Bréfritari: Guðný Jónsdóttir
Viðtakandi: Jón Borgfirðingur
Dagsetning: A-1899-02-14
Skrifað á: Sauðafelli  Dal.
Dóttir Jóns Borgfirðings

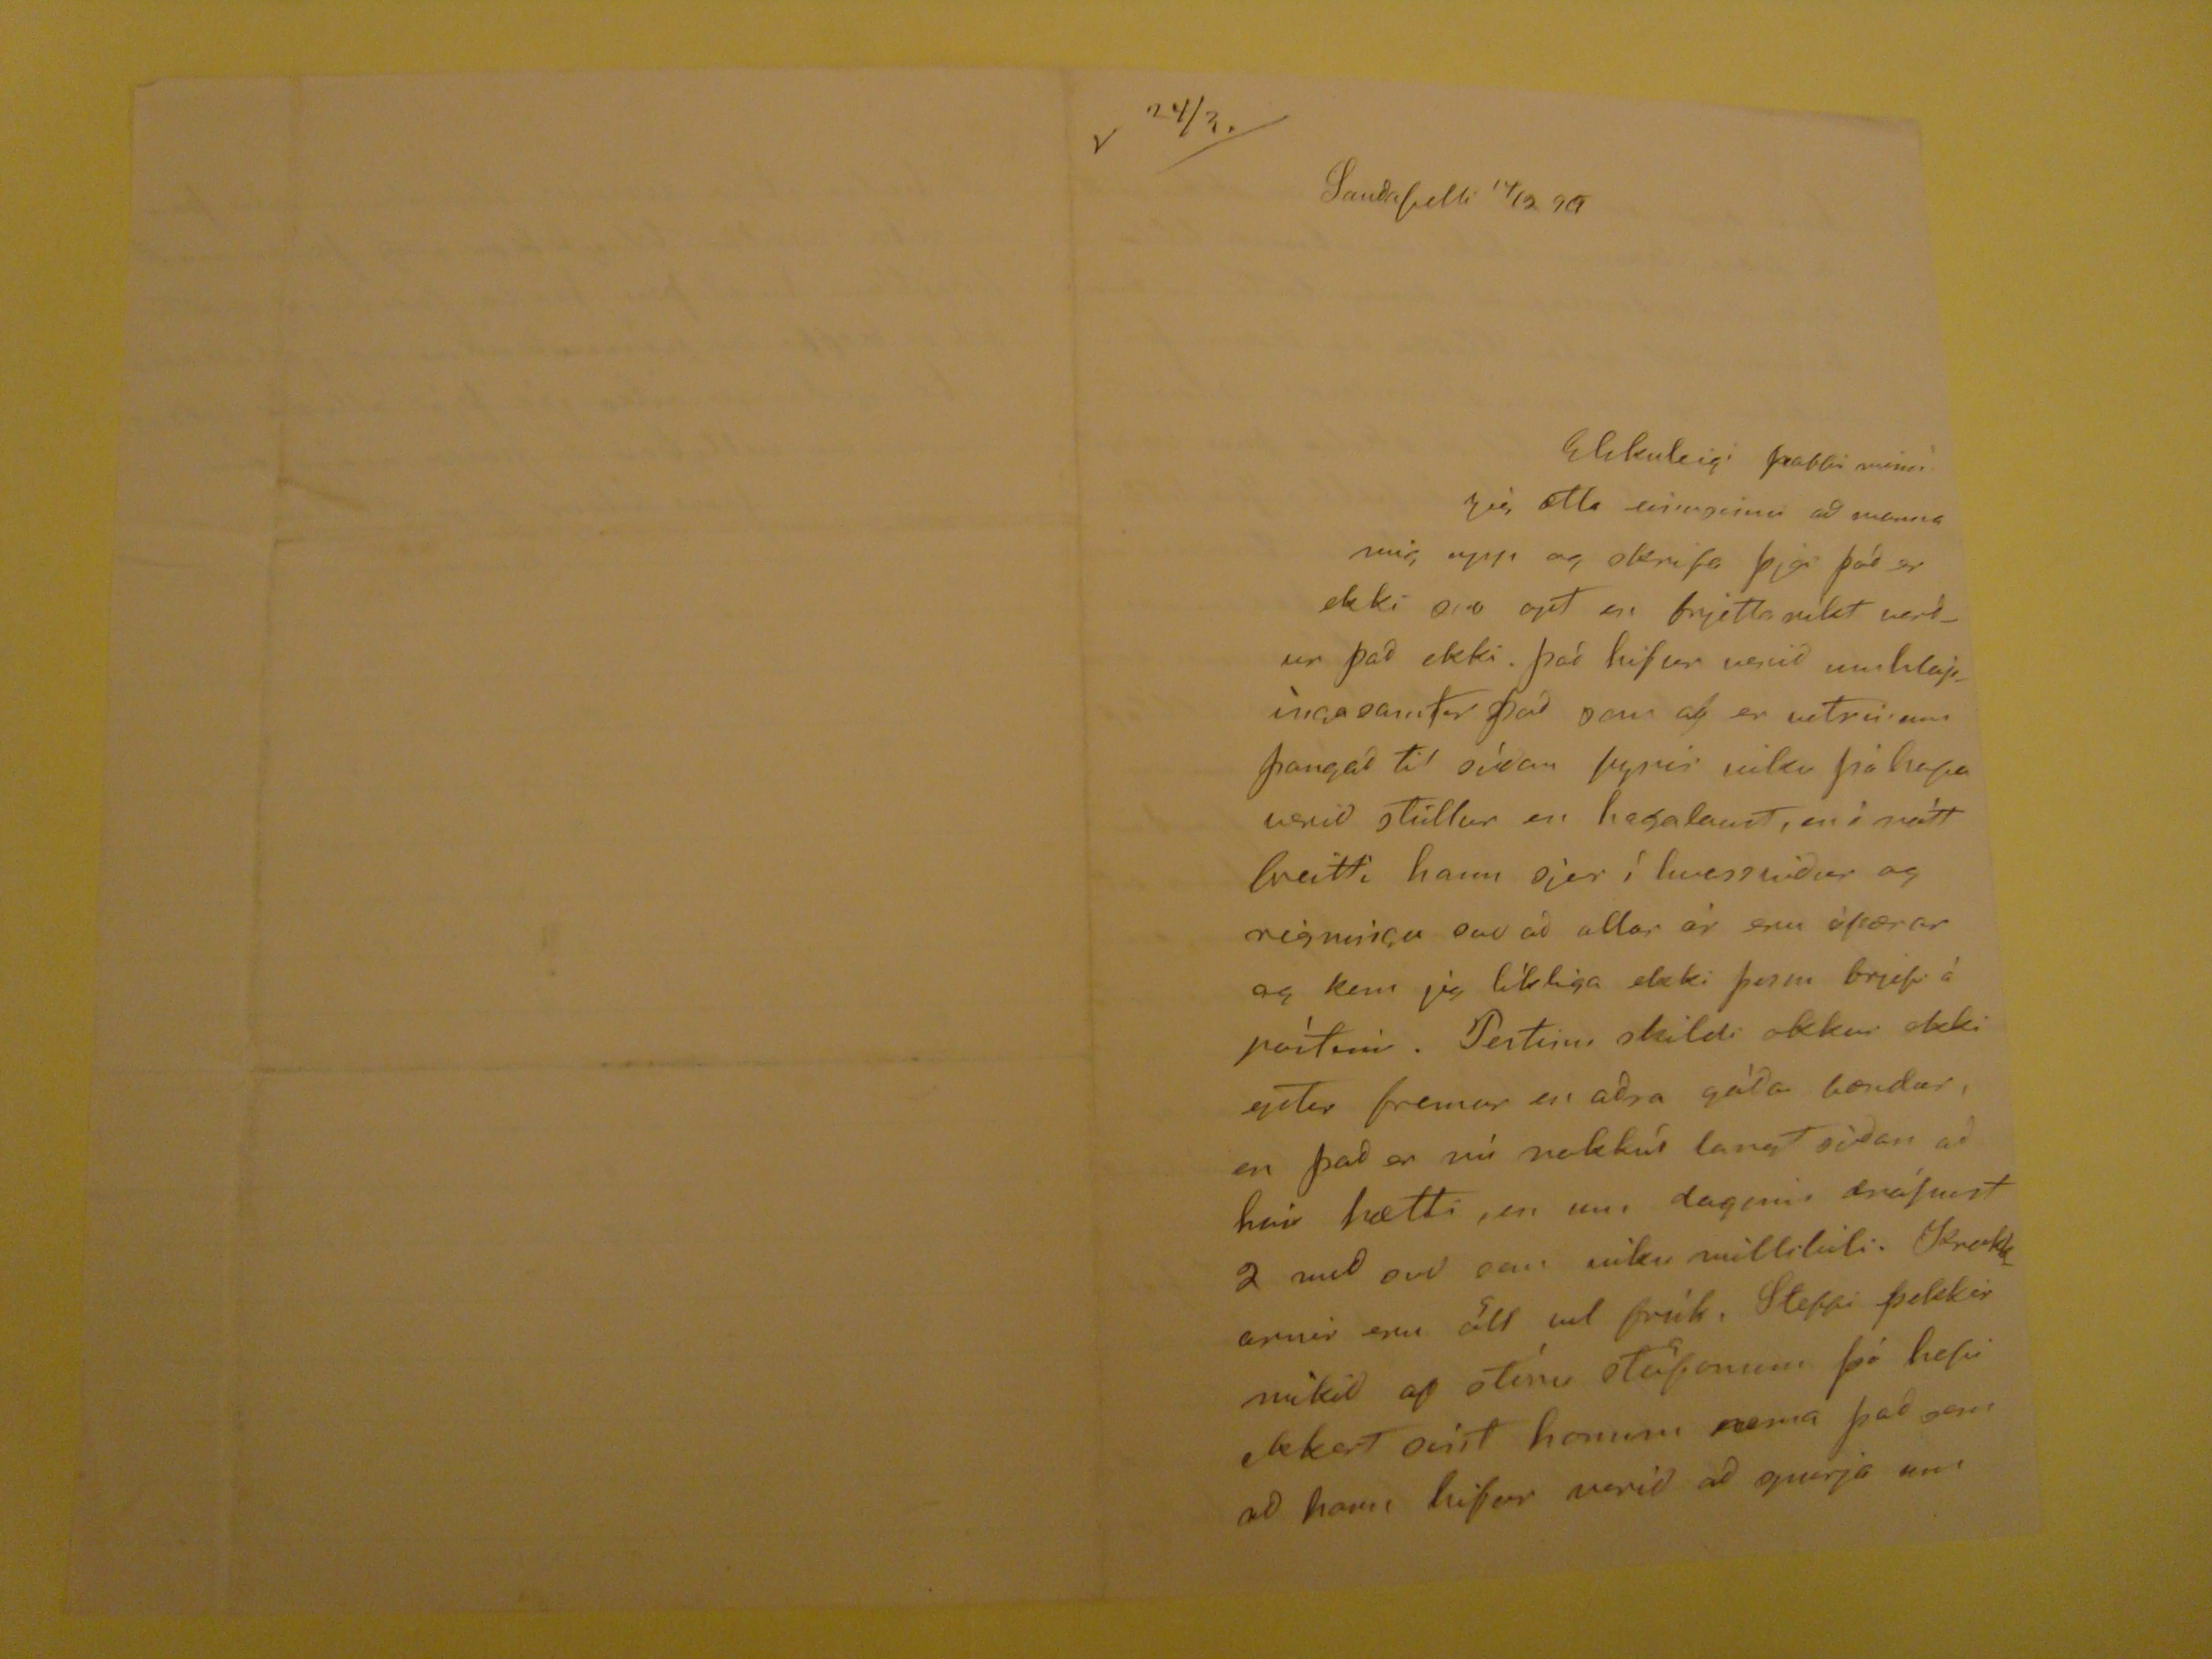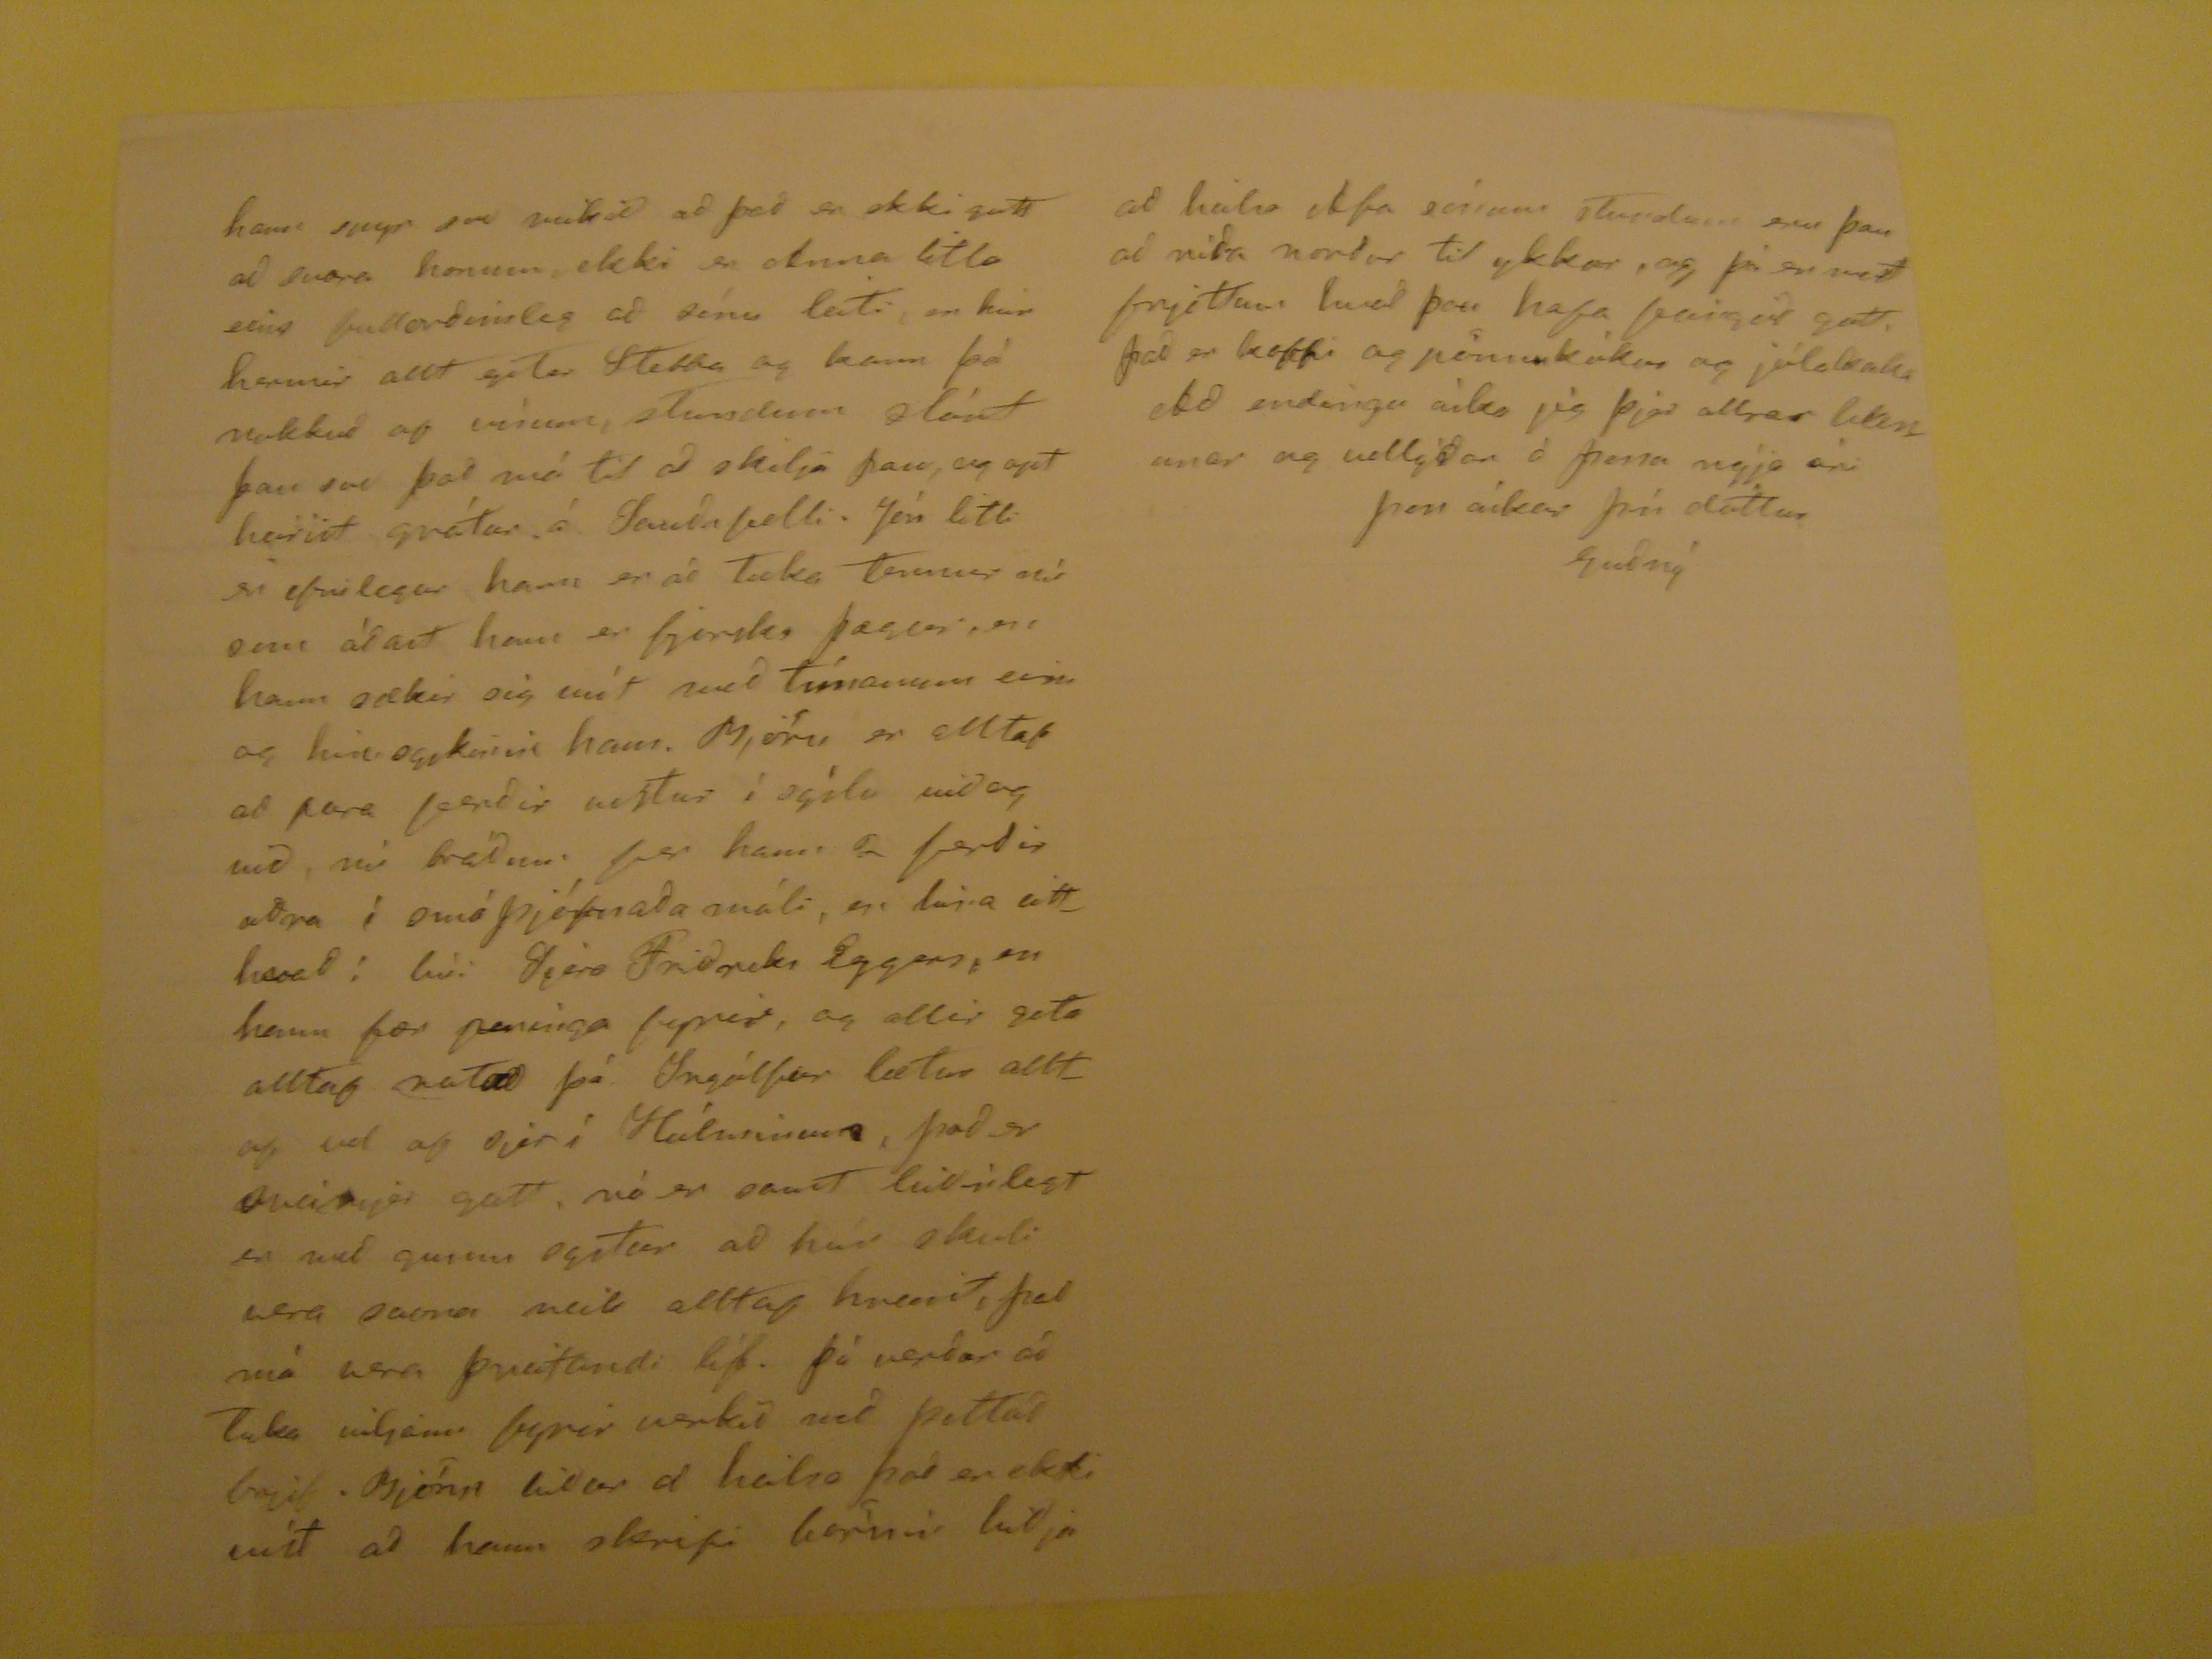

V 24/3.
Sauðafelli 14/2 99
Elskuleigi pabbi minn!
Jig ætla
eingöngu
að manna mig upp og skrifa þjer það er ekki svo opt en frjetta ríkt verður það ekki. það hifur verið
umhlapìngasamter
það sem af er vetrinum þangað til síðan fyrir viku þá hafa verið stíllur en hagalaust, en ì nòtt breitti hann sjer í hvassviður og rigningu svo að allar ár eru ófærar og kem jig líkliga ekki þessu brjefi á pòstinn.
Pestinn
skildi okkur ekki eptir fremur en aðra góða bændur, en það er nú nokkuð langt síðan að hún hætti, en um daginn drápust 2 með svo sem viku millibili. Krakkarnir eru öll vel frísk, Stebbi þekir mikið af
stóru
stöfunum þó hafi ekkert
óvist
honum nema það sem að hann hifur verið að spurja um
hann spyr svo mikið að það er ekki gott að svara honum ekki er Anna litla eins fullorðinsleg að sínu leiti, en hún hermir allt eptir Steppa og kann þó nokku ap vísum, stundum slást þau svo það má til að skilja þau, og opt heirist grátur á Sauðafelli. Jón litli er efnilegur hann er að Taka Tennur nú sem
álast
hann er fjarska þægur, en hann sækir sig
mít
með tímanum eins og
hinsogskirnir
hans. Björn er alltaf að fara ferðir vestur í sýslu við og við, nú bráðum fer hann 2 ferðir aðra í smáþjófnaðamáli, en hina eitthvað í bùi Sjera Friðriks Eggers, en hann fær peninga fyrir, og allir geta alltaf ratað þá Ingólfur lætur alltaf vel ap sjer í Hóluninum, það er sveimjer gott, nú er samt leiðinlegt en með sumu
ogitur
að hann skuli vera svona veik alltap
hvað
, það má vera þreitandi líf. þá verður að Taka viljann fyrir verkið við þettað brjef. Björn biður að heilsa það er ekki víst að hann skrifi börnin biðja
að heilsa Afa sínum stundum eru þau að ríða norður til ykkar, og þá er með frjettum hvað þau hafa feingið gott, það er kaffi og pönnukókur og jólakaka Að endingu òska jig þjer allrar
banunar
og vellýðar á þessu nýja ári
þess óskar þín dóttur
Guðný